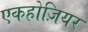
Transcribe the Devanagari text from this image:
एकहोज़ियर